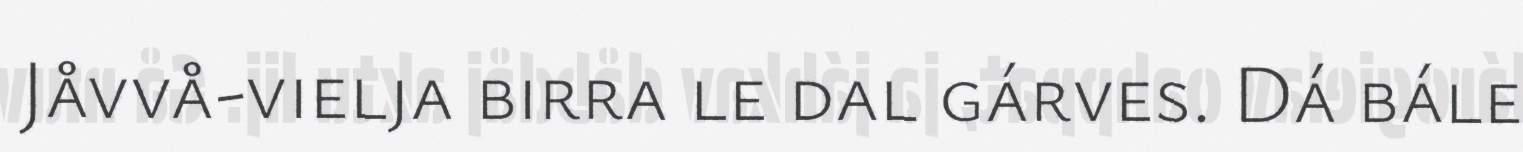
Jåvvå-vielja birra le dal gárves. Dá bále